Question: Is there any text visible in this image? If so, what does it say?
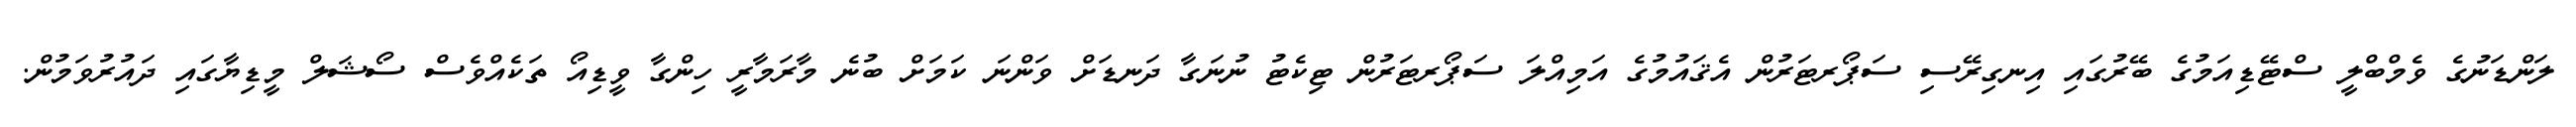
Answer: ލަންޑަނުގެ ވެމްބްލީ ސްޓޭޑިއަމުގެ ބޭރުގައި އިނގިރޭސި ސަޕޯރޓަރުން އެޤައުމުގެ އަމިއްލަ ސަޕޯރޓަރުން ޓިކެޓު ނުނަގާ ދަނޑަށް ވަންނަ ކަމަށް ބުނެ މާރަމާރީ ހިންގާ ވީޑިއޯ ތަކެއްވެސް ސޯޝަލް މީޑިޔާގައި ދައުރުވަމުން.